Annual administration report of the Civil Veterinary Department of India - 1896-1897
Year: 1896
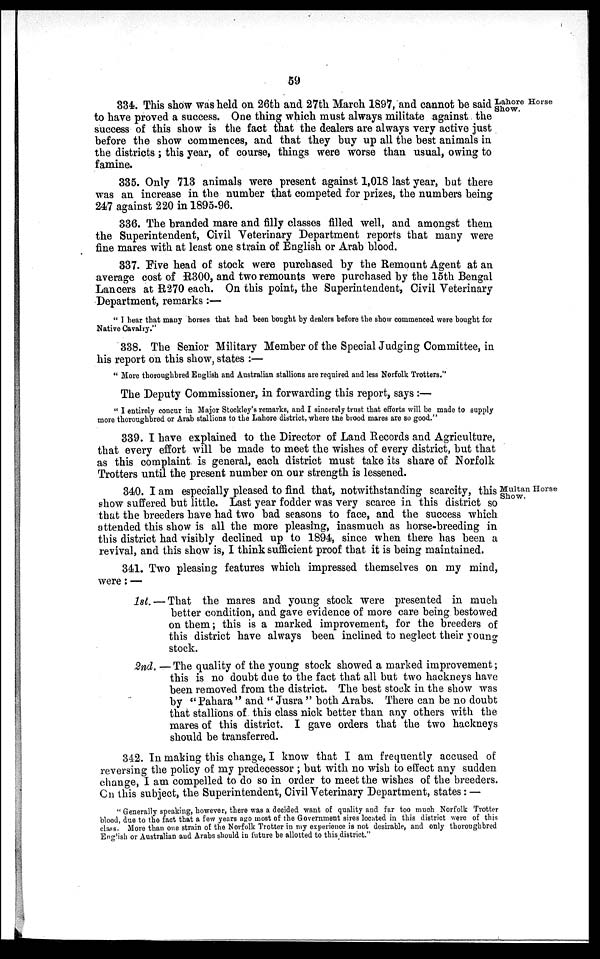
59
Lahore Horse
Show.
334. This show was held on 26th and 27th March 1897, and cannot be said
to have proved a success. One thing which must always militate against the
success of this show is the fact that the dealers are always very active just
before the show commences, and that they buy up all the best animals in
the districts; this year, of course, things were worse than usual, owing to
famine.
335. Only 713 animals were present against 1,018 last year, but there
was an increase in the number that competed for prizes, the numbers being
247 against 220 in 1895-96.
336. The branded mare and filly classes filled well, and amongst them
the Superintendent, Civil Veterinary Department reports that many were
fine mares with at least one strain of English or Arab blood.
337. Five head of stock were purchased by the Remount Agent at an
average cost of R300, and two remounts were purchased by the 15th Bengal
Lancers at R270 each. On this point, the Superintendent, Civil Veterinary
Department, remarks:—
"I hear that many horses that had been bought by dealers before the show commenced were bought for
Native Cavalry."
338. The Senior Military Member of the Special Judging Committee, in
his report on this show, states:—
"More thoroughbred English and Australian stallions are required and less Norfolk Trotters,"
The Deputy Commissioner, in forwarding this report, says:—
"I entirely concur in Major Stockley's remarks, and I sincerely trust that efforts will be made to supply
more thoroughbred or Arab stallions to the Lahore district, where the brood mares are so good."
339. I have explained to the Director of Land Records and Agriculture,
that every effort will be made to meet the wishes of every district, but that
as this complaint is general, each district must take its share of Norfolk
Trotters until the present number on our strength is lessened.
Multan Horse
Show.
340. I am especially pleased to find that, notwithstanding scarcity, this
show suffered but little. Last year fodder was very scarce in this district so
that the breeders have had two bad seasons to face, and the success which
attended this show is all the more pleasing, inasmuch as horse-breeding in
this district had visibly declined up to 1894, since when there has been a
revival, and this show is, I think sufficient proof that it is being maintained.
341. Two pleasing features which impressed themselves on my mind,
were:—
1st. — That the mares and young stock were presented in much
better condition, and gave evidence of more care being bestowed
on them; this is a marked improvement, for the breeders of
this district have always been inclined to neglect their young
stock.
2nd. —The quality of the young stock showed a marked improvement;
this is no doubt due to the fact that all but two hackneys have
been removed from the district. The best stock in the show was
by "Pahara" and "Jusra" both Arabs. There can be no doubt
that stallions of this class nick better than any others with the
mares of this district. I gave orders that the two hackneys
should be transferred.
342. In making this change, I know that I am frequently accused of
reversing the policy of my predecessor ; but with no wish to effect any sudden
change, I am compelled to do so in order to meet the wishes of the breeders.
On this subject, the Superintendent, Civil Veterinary Department, states:—
"Generally speaking, however, there was a decided want of quality and far too much Norfolk Trotter
blood, due to the fact that a few years ago most of the Government sires located in this district were of this
class. More than one strain of the Norfolk Trotter in my experience is not desirable, and only thoroughbred
English or Australian and Arabs should in future be allotted to this district."